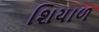
શિયાળ